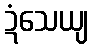
ဍံသေယျ